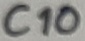
Text: C10